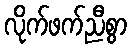
လိုက်ဖက်ညီစွာ